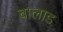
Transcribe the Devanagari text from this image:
बालाड